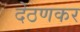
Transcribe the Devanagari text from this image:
देठणकर